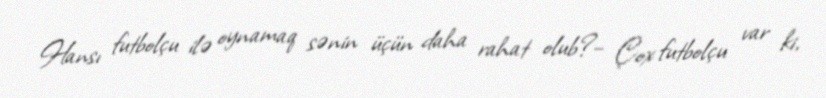
Hansı futbolçu ilə oynamaq sənin üçün daha rahat olub?– Çox futbolçu var ki,